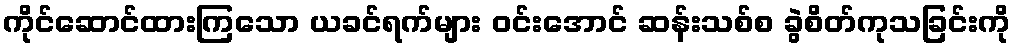
ကိုင်ဆောင်ထားကြသော ယခင်ရက်များ ဝင်းအောင် ဆန်းသစ်စ ခွဲစိတ်ကုသခြင်းကို